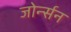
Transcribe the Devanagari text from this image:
जोर्न्सन